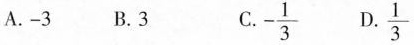
A.-3 B.3 C $$- \frac { 1 } { 3 }$$ $$D \frac { 1 } { 3 }$$